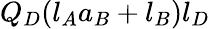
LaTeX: Q_{D}(l_{A}a_{B}+l_{B})l_{D}